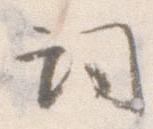
詞